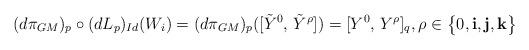
LaTeX: \begin{align*}(d\pi_{GM})_{p}\circ(dL_{p})_{Id}(W_{i})=(d\pi_{GM})_{p}([\tilde{Y}^{0},\,\tilde{Y}^{\rho}])=[Y^{0},\,Y^{\rho}]_{q}, \rho \in \big{\{}0,{\bf i}, {\bf j}, {\bf k} \big{\}}\end{align*}